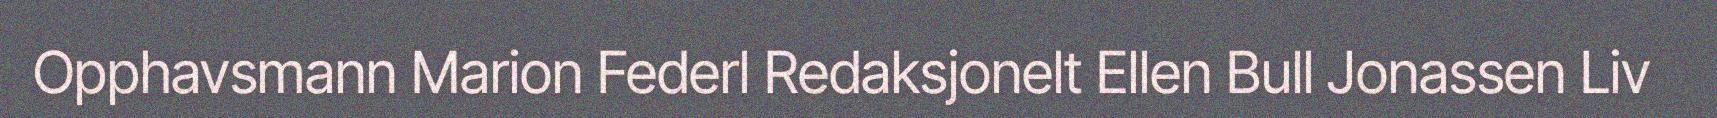
Opphavsmann Marion Federl Redaksjonelt Ellen Bull Jonassen Liv